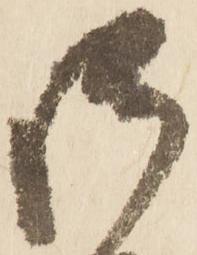
御